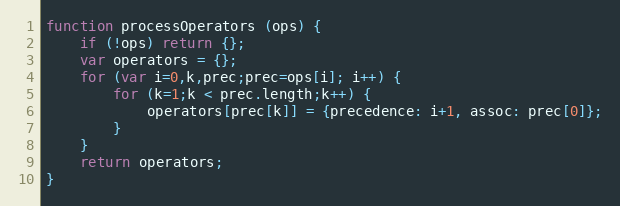
Language: JavaScript
function processOperators (ops) {
    if (!ops) return {};
    var operators = {};
    for (var i=0,k,prec;prec=ops[i]; i++) {
        for (k=1;k < prec.length;k++) {
            operators[prec[k]] = {precedence: i+1, assoc: prec[0]};
        }
    }
    return operators;
}